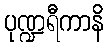
ပုဏ္ဍရီကာနိ